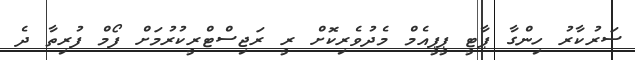
ސަރުކާރު ހިންގާ ޕާޓީ ޕީޕީއެމް މެދުވެރިކޮށް ރީ ރަޖިސްޓްރީކުރުމަށް ފޯމް ފުރިތާ ދެ